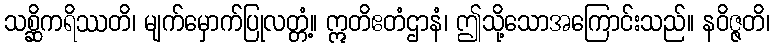
သစ္ဆိကရိဿတိ၊ မျက်မှောက်ပြုလတ္တံ့။ ဣတိဧတံဌာနံ၊ ဤသို့သောအကြောင်းသည်။ နဝိဇ္ဇတိ၊